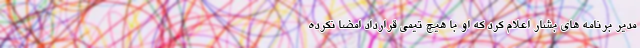
مدیر برنامه های بشار اعلام کرد که او با هیچ تیمی قرارداد امضا نکرده